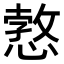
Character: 𢠜